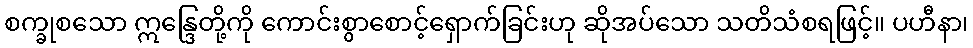
စက္ခုစသော ဣန္ဒြေတို့ကို ကောင်းစွာစောင့်ရှောက်ခြင်းဟု ဆိုအပ်သော သတိသံစရဖြင့်။ ပဟီနာ၊